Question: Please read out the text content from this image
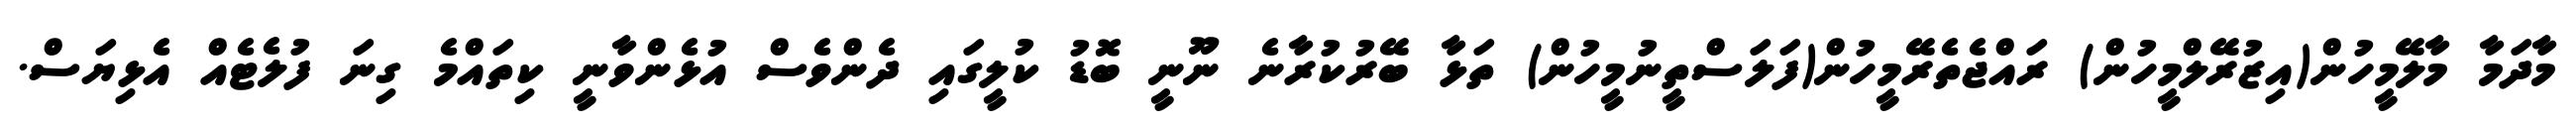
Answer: މާދަމާ މާލޭމީހުން(އިޒުރޭލްމީހުން) ރައްޖެތެރޭމީހުން(ފަލަސްތީނުމީހުން) ތަޅާ ބޭރުކުރާނެ ނޫނީ ބޮޑު ކުލީގައި ދެންވެސް އުޅެންވާނީ ކިތައްމެ ގިނަ ފުލެޓެއް އެޅިޔަސް.